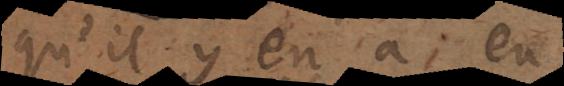
qu’il y en a eu